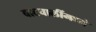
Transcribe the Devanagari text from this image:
वाटचालींमध्ये